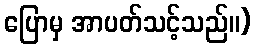
ပြောမှ အာပတ်သင့်သည်။)